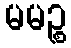
မမဉ္စ